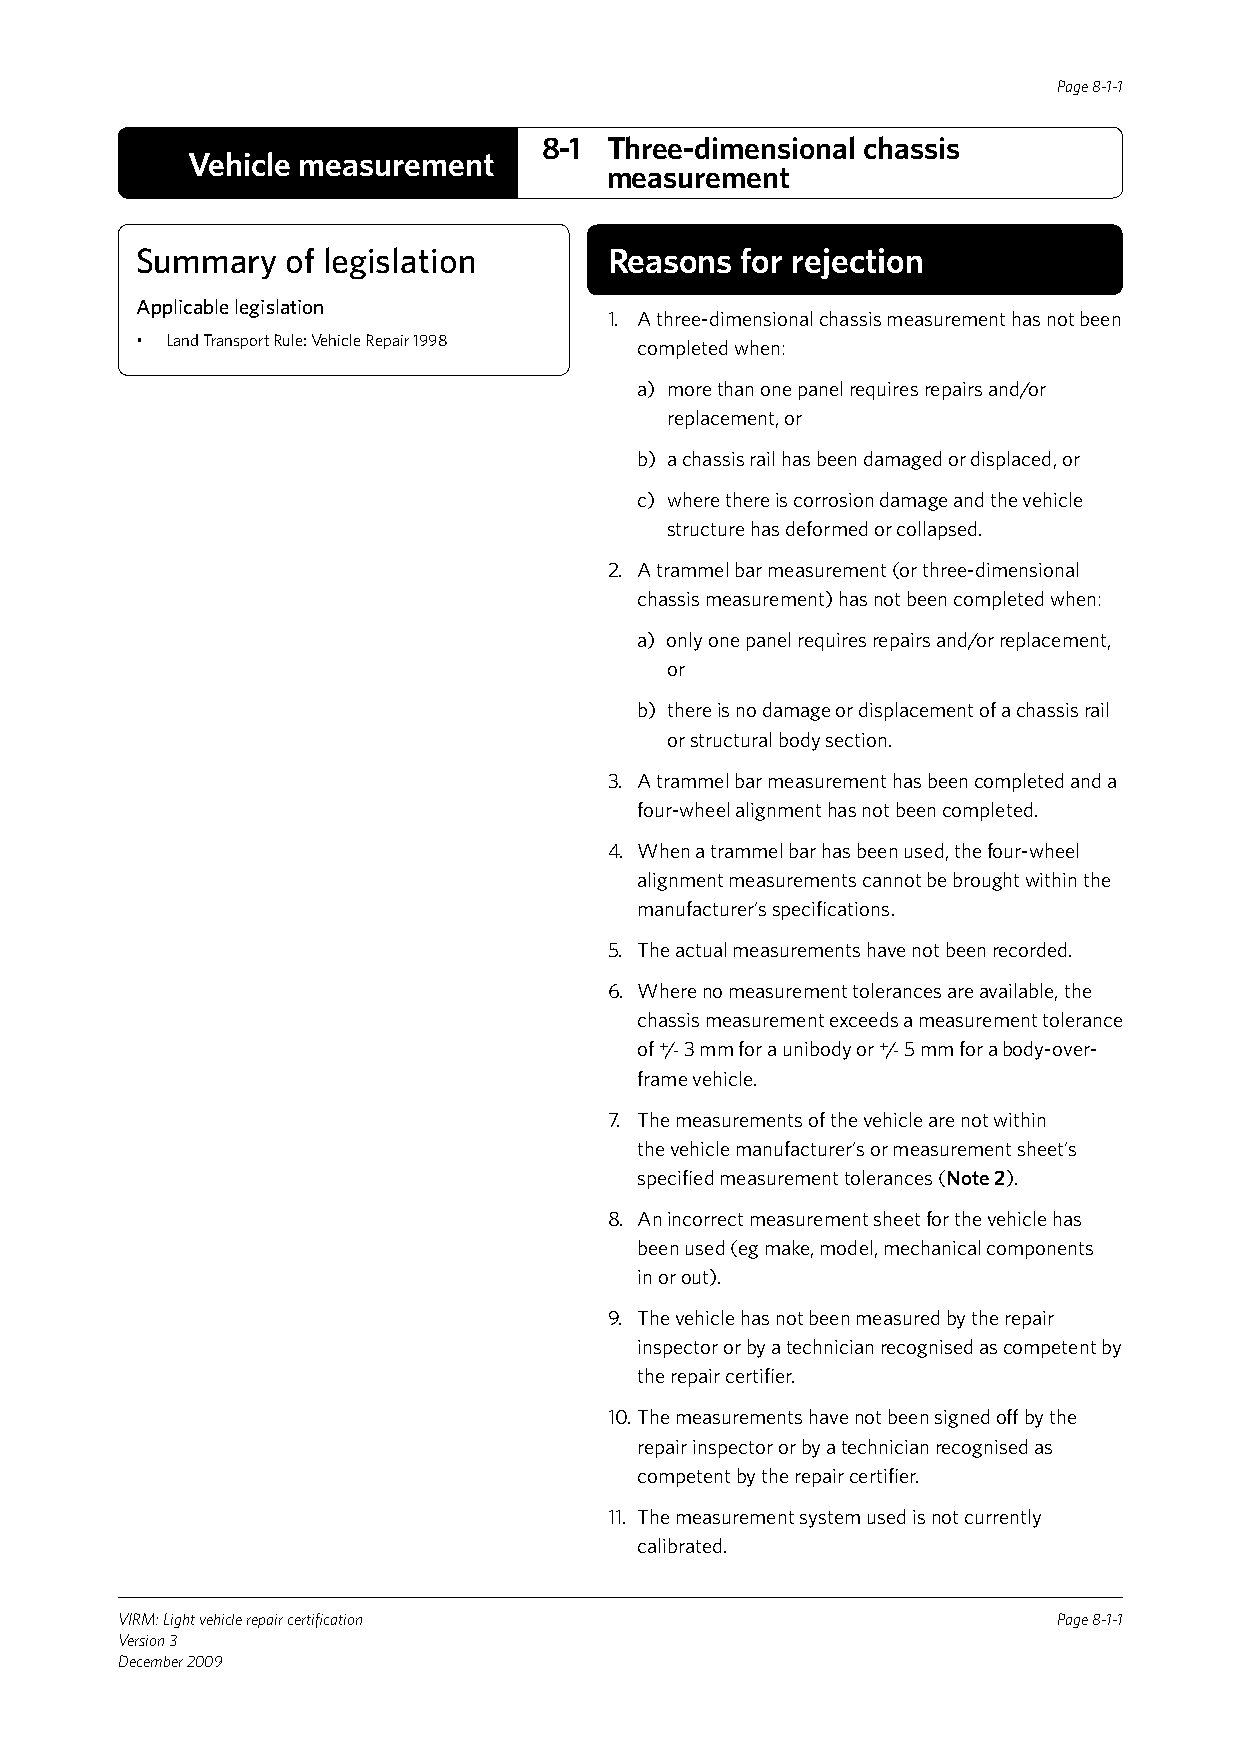
Page 8-1-1
 8-1 Three-dimensional chassis
 Vehicle measurement
 measurement
 Summary   of legislation       Reasons  for rejection
 Applicable legislation
 1. A three-dimensional chassis measurement has not been
 • Land Transport Rule: Vehicle Repair 1998 completed when:
 a) more than one panel requires repairs and/or
 replacement, or
 b) a chassis rail has been damaged or displaced, or
 c) where there is corrosion damage and the vehicle
 structure has deformed or collapsed.
 2. A trammel bar measurement (or three-dimensional
 chassis measurement) has not been completed when:
 a) only one panel requires repairs and/or replacement,
 or
 b) there is no damage or displacement of a chassis rail
 or structural body section.
 3. A trammel bar measurement has been completed and a
 four-wheel alignment has not been completed.
 4. When a trammel bar has been used, the four-wheel
 alignment measurements cannot be brought within the
 manufacturer’s specifications.
 5. The actual measurements have not been recorded.
 6. Where no measurement tolerances are available, the
 chassis measurement exceeds a measurement tolerance
 of +/- 3 mm for a unibody or +/- 5 mm for a body-over-
 frame vehicle.
 7. The measurements of the vehicle are not within
 the vehicle manufacturer’s or measurement sheet’s
 specified measurement tolerances (Note 2).
 8. An incorrect measurement sheet for the vehicle has
 been used (eg make, model, mechanical components
 in or out).
 9. The vehicle has not been measured by the repair
 inspector or by a technician recognised as competent by
 the repair certifier.
 10. The measurements have not been signed off by the
 repair inspector or by a technician recognised as
 competent by the repair certifier.
 11. The measurement system used is not currently
 calibrated.
 VIRM: Light vehicle repair certification                      Page 8-1-1
 Version 3
 December 2009